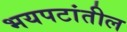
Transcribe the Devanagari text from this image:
भयपटांतील